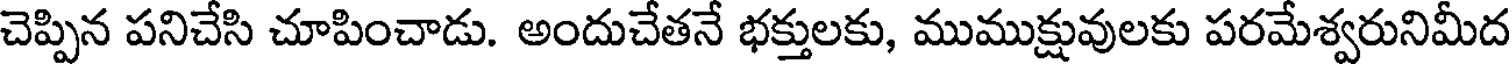
చెప్పిన పనిచేసి చూపించాడు. అందుచేతనే భక్తులకు, ముముక్షువులకు పరమేశ్వరునిమీద